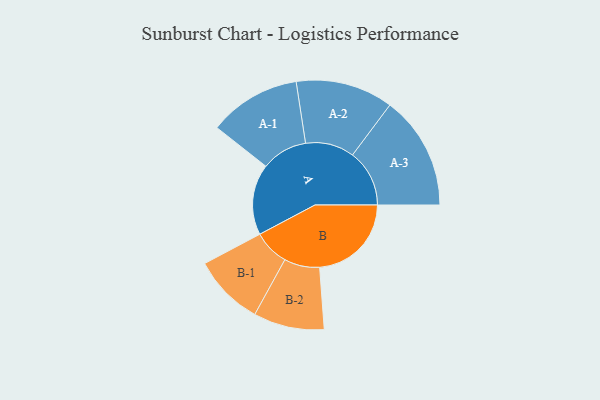
{"axis": {"x": "Segment", "y": "Value"}, "legend": ["", "A", "B"], "data": [{"x": "A", "y": 372, "type": ""}, {"x": "B", "y": 482, "type": ""}, {"x": "A-1", "y": 242, "type": "A"}, {"x": "A-2", "y": 256, "type": "A"}, {"x": "A-3", "y": 299, "type": "A"}, {"x": "B-1", "y": 187, "type": "B"}, {"x": "B-2", "y": 186, "type": "B"}]}